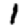
Digit: 1